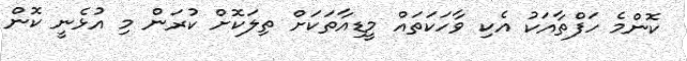
ކޮންމެ ހަފްތާއަކު އެކި ވާހަކަތައް މީޑިއާތަކަށް ތިލަކޮށް ކުރަން މި އުޅެނީ ކޮން